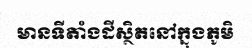
មានទីតាំងដីស្ថិតនៅក្នុងភូមិ